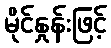
မိုင်နှုန်းဖြင့်